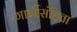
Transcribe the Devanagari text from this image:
गार्गीसंहिता